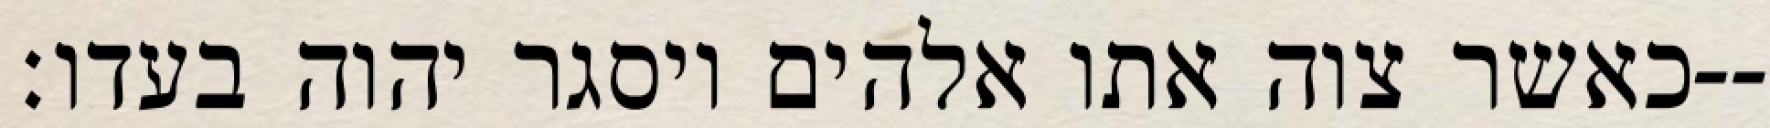
כאשר צוה אתו אלהים ויסגר יהוה בעדו׃--